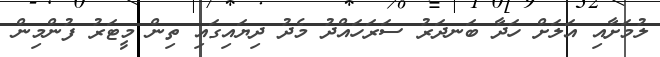
ލުމަށާއި އަލަށް ހަދާ ބަނދަރު ސަރަހައްދު މެދު ދިޔައިގައި ތިން މީޓަރު ފުންމިން